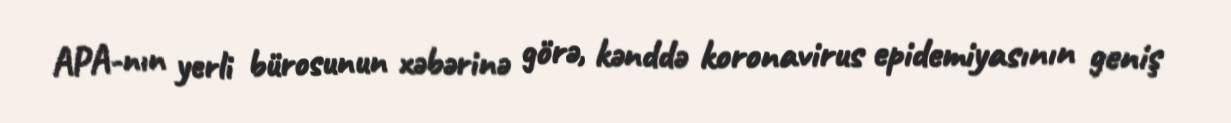
APA-nın yerli bürosunun xəbərinə görə, kənddə koronavirus epidemiyasının geniş